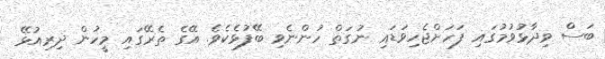
ބަސް ވިދާޅުވުމުގައި ފަހަށްޖެހިވަޑައި ނުގަތް ހުންނެވި ބޭފުޅެކެވެ. އޭގެ ތެރޭގައި މީހުން ދިރިއުޅޭ